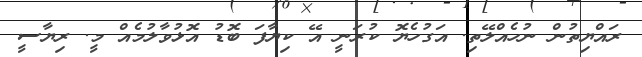
ރައްޔިތުން ނުހެއްލޭތި. އަގުހެޔޮ ކުރަނީ އޭ ކިޔާފަ ބޮޑު އޮޅުވާލުމެއް މީ. ރިޔާސީ